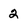
Character: 2